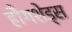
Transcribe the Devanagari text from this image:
हौगशेड्स